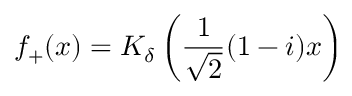
f _ { + } ( x ) = K _ { \delta } \left( \frac { 1 } { \sqrt { 2 } } ( 1 - i ) x \right)